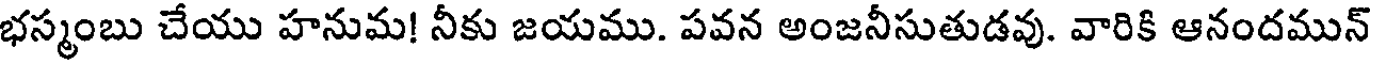
భస్మంబు చేయు హనుమ! నీకు జయము. పవన అంజనీసుతుడవు. వారికి ఆనందమున్